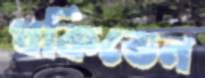
থকিতেন